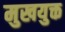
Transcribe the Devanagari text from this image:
मुखयुक्त